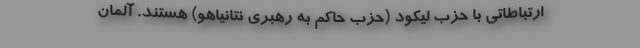
ارتباطاتی با حزب لیکود (حزب حاکم به رهبری نتانیاهو) هستند. آلمان